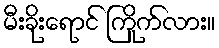
မီးခိုးရောင် ကြိုက်လား။